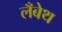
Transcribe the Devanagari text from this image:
लँबेथ